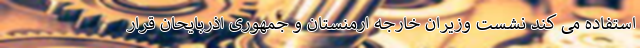
استفاده می کند نشست وزیران خارجه ارمنستان و جمهوری اذربایحان قرار